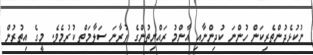
ނުކުޅެދުންތެރިކަން ހުންނަ ކުދިންނާއި އާންމު ރައްޔިތުންގެ ފުރާނަ ސަލާމަތް ކުރުމެވެ. މީގެ އިތުރުން